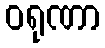
ဝရုဏာ